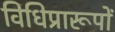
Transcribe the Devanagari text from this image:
विधिप्रारूपों